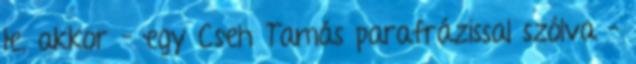
le, akkor – egy Cseh Tamás parafrázissal szólva –